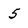
Character: 5